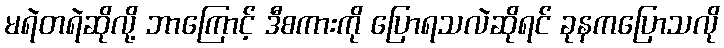
မရဲတရဲဆိုလို့ ဘာကြောင့် ဒီစကားကို ပြောရသလဲဆိုရင် ခုနကပြောသလို